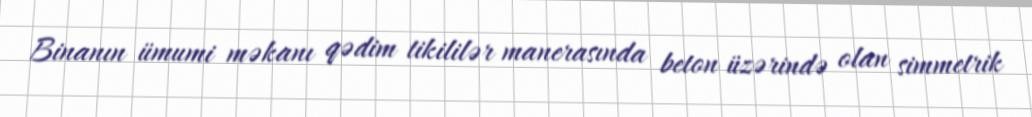
Binanın ümumi məkanı qədim tikililər manerasında beton üzərində olan simmetrik